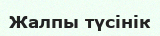
Жалпы түсінік